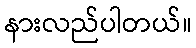
နားလည်ပါတယ်။